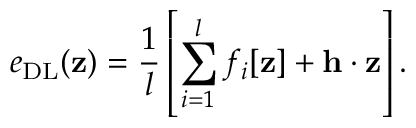
e _ { \mathrm { D L } } ( \mathbf { z } ) = \frac { 1 } { l } \left[ \sum _ { i = 1 } ^ { l } f _ { i } [ \mathbf { z } ] + \mathbf { h } \cdot \mathbf { z } \right] .